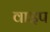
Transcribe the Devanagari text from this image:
वाइप